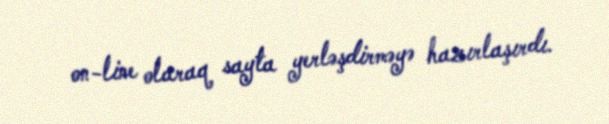
on-line olaraq sayta yerləşdirməyə hazırlaşırdı.